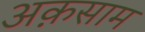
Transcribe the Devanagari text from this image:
अक़साम